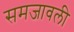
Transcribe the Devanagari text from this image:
समजावली